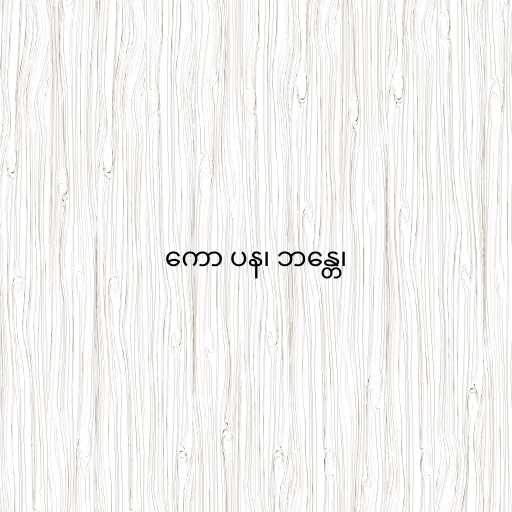
ကော ပန၊ ဘန္တေ၊